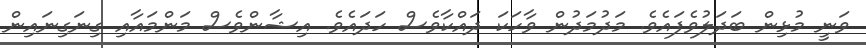
ވަނީ މުޅިން ބަދަލުވެފައެވެ. މަދުމަދުން ވާހަކަ ދައްކާވެސް ހަދައެވެ. އިޝާންވެސް މަންމައާއި ގިނަގިނައިން